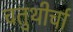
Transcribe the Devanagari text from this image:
चतुथीर्चा